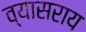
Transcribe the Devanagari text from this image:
व्यासराय